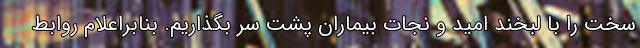
سخت را با لبخند امید و نجات بیماران پشت سر بگذاریم. بنابراعلام روابط